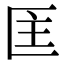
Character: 𭅘